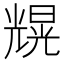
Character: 𠒼